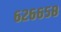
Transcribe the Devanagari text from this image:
६२६६५८